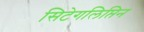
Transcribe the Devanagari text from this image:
सिटेगलिप्तिन